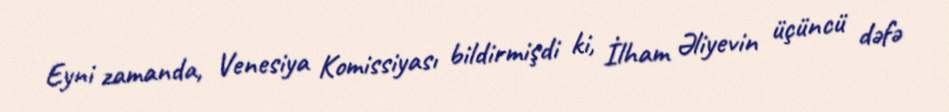
Eyni zamanda, Venesiya Komissiyası bildirmişdi ki, İlham Əliyevin üçüncü dəfə